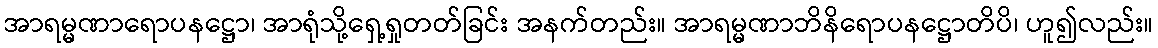
အာရမ္မဏာရောပနဋ္ဌော၊ အာရုံသို့ရှေ့ရှုတတ်ခြင်း အနက်တည်း။ အာရမ္မဏာဘိနိရောပနဋ္ဌောတိပိ၊ ဟူ၍လည်း။